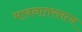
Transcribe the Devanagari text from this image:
भावनातरलत्व